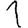
Digit: 1